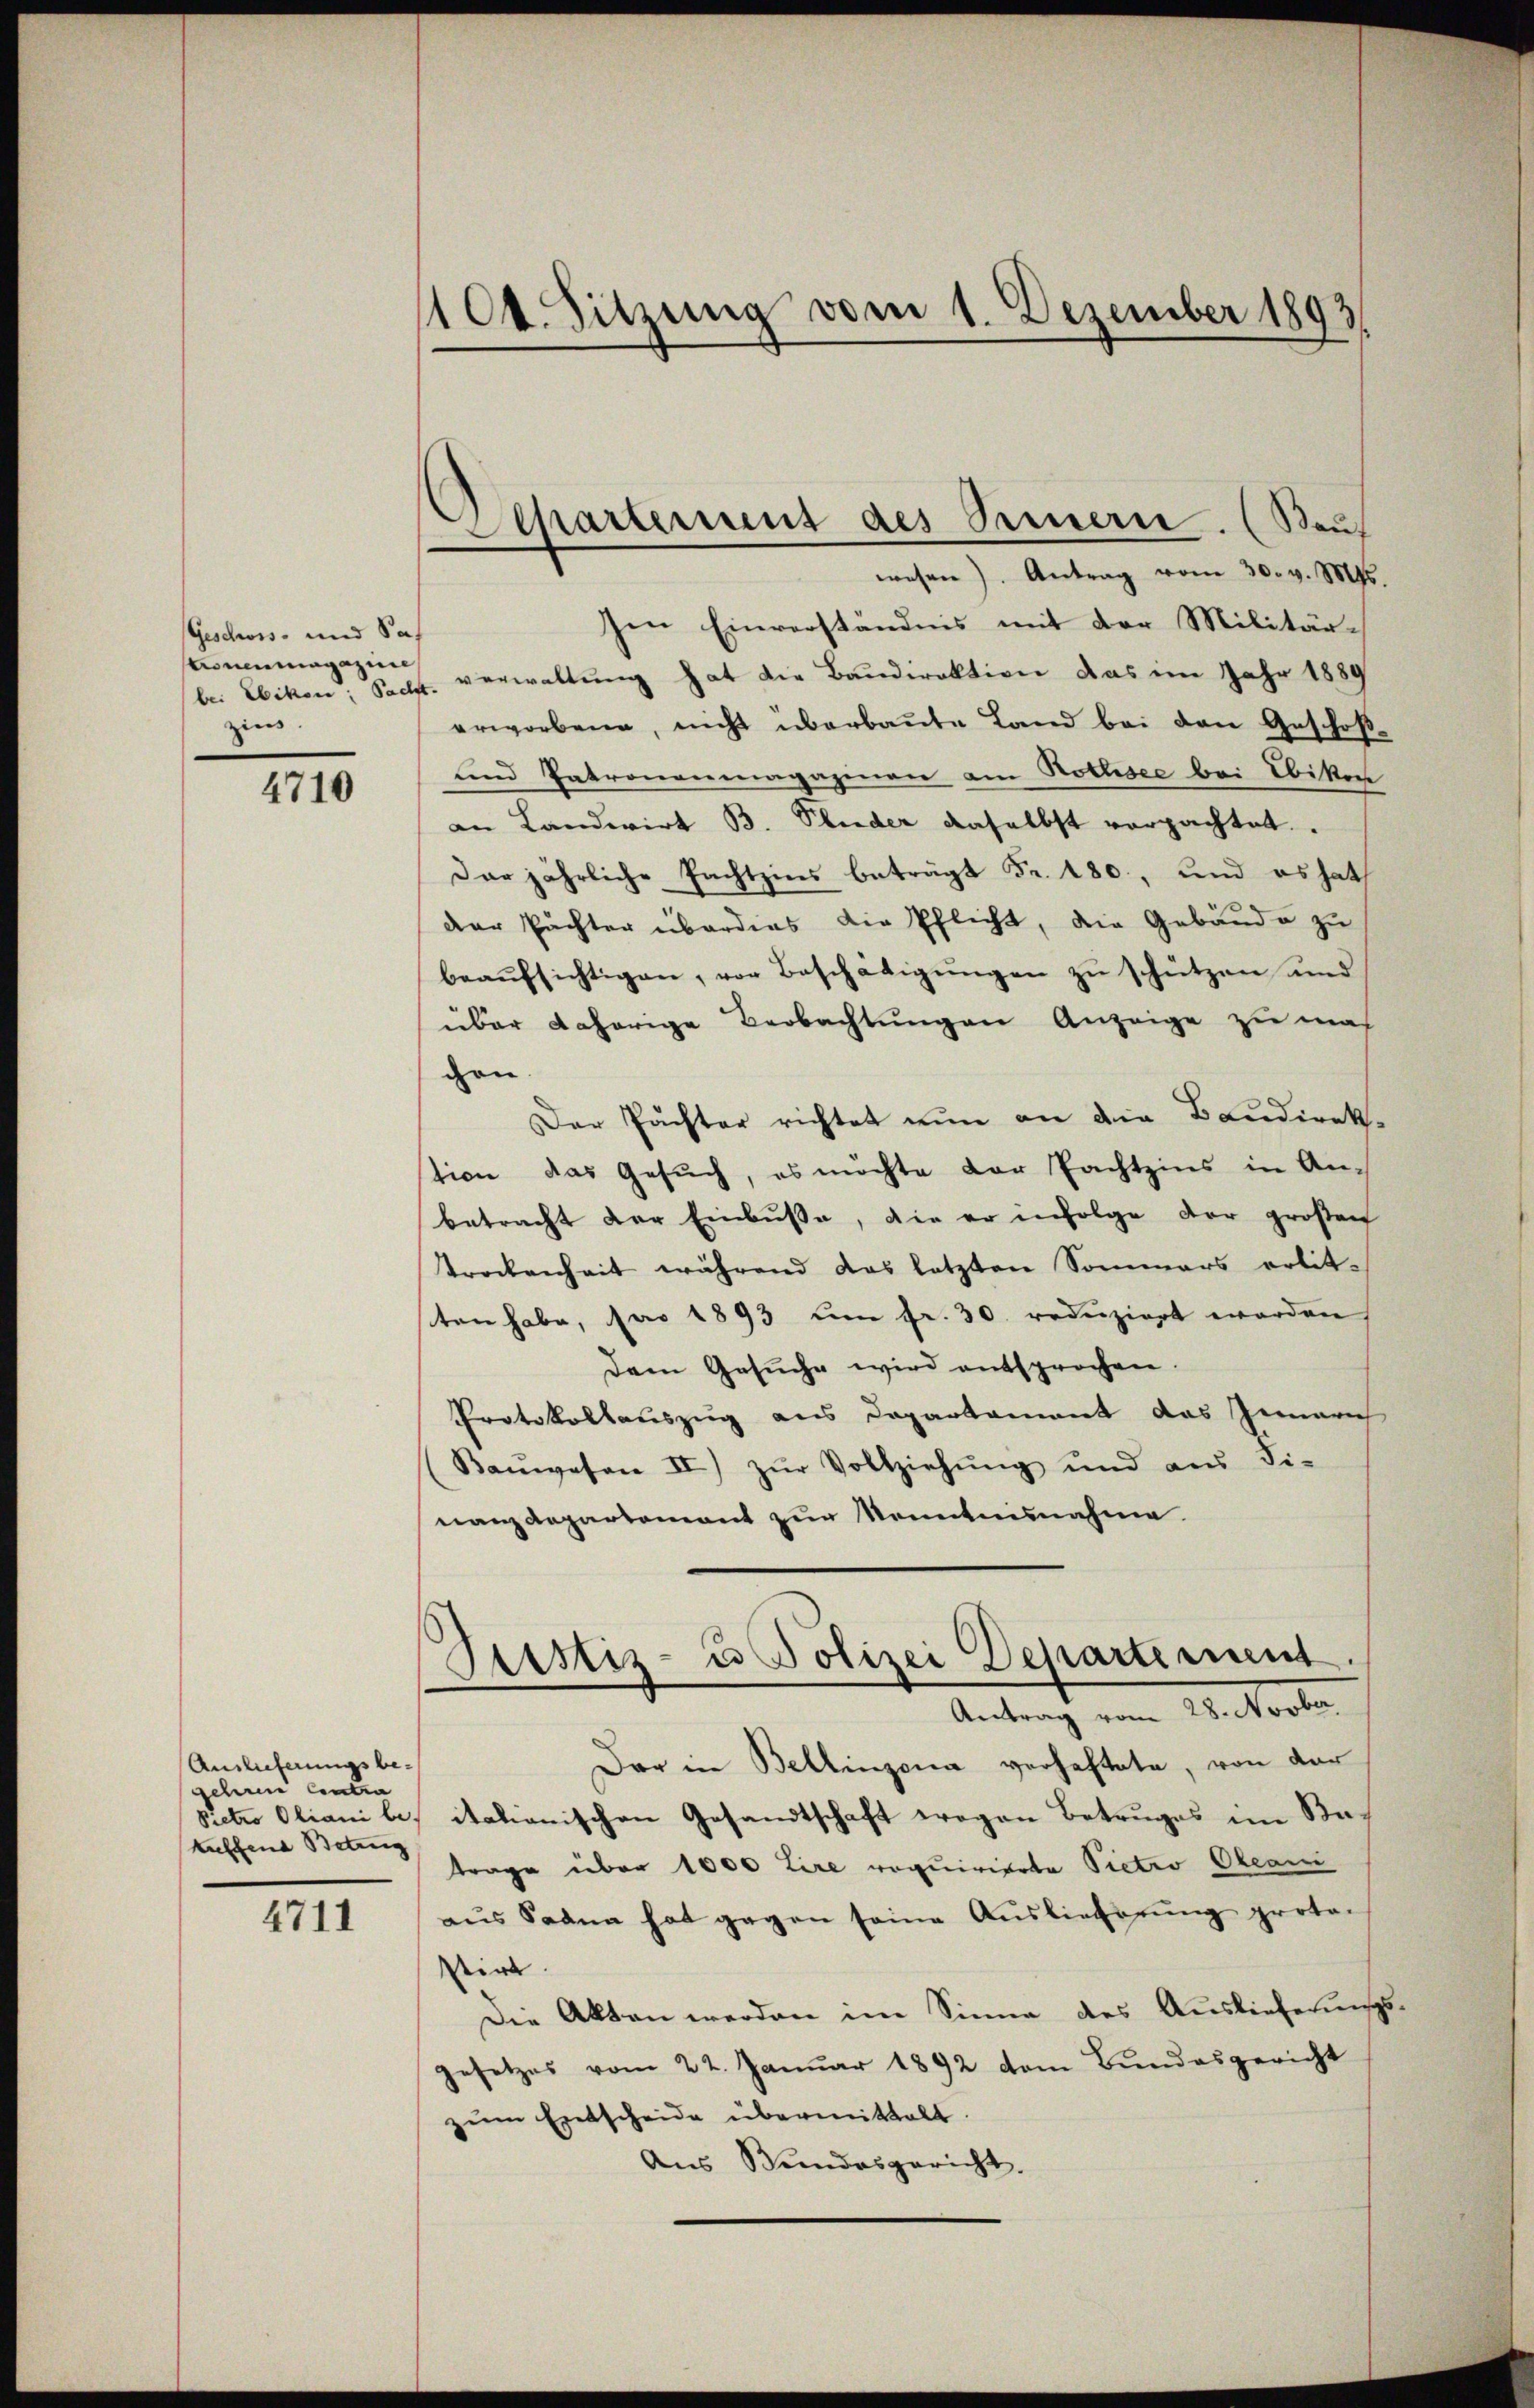
Geschoss- und Sa
tronenmagazine
bei Ebikon Sache
zins.

4710

Auslieferungsbe-
gehren Contra
Pietro Oliani be-
tuffend Betrug

4711

100. Sitzung vom 1. Dezember 1893

Departement des Seinern (Kauf
wesen). Antrag vom 30. v. Mts.

sen Einverständnis mit der Militär-
verwaltung hat die Baudirektion das im Jahr 1889
erworbene, nicht überbaute Land bei den Geschoß¬
und Patronenmagazinen am Kollisee bei Ebikon
an Landwirt B. Pluder daselbst verpachtet.
Der jährliche Pachtzins beträgt Fr. 180, und es hat
der Pächter überdies die Pflicht, die Gebäude zu
beaŭfsichtigen, vor Beschädigŭngen zu schützen und
über daherige Beobachtungen Anzeige zu mach
gen.
Der Pächter richtet nun an die Baudirek-
tion das Gesŭch, es möchte der Pachtzins in An-
betracht der Einbuße, die er infolge der großen
trockenheit während das letzten Sommers erlit-
sten habe, pro 1893 um fr. 30. reduziert worden
Dem Gesŭche wird entsprochen.
Protokollauszug aus Departament das Innerich
Kanwesen II) zŭr Vollziehŭng und aŭs Fi-
nanzdepartement zur Kenntnisnahme.
Justiz- u Polizei Departement.
Antrag vom 28. Novber
Dar in Bellinzona verhaftete, von der
italienischen Gesandtschaft wegen Betruges im Batrage über 1000 Lire requirierte Pietro Olean
aus Saana hat gegen seine Auslieferung proto-
stirt
Die Akten werden im Sinne des Auslieferungs
gesetzes vom 22. Januar 1892 dem Bundesgericht
zum Entscheide übermittelt.
Aus Bundesgericht,